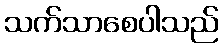
သက်သာစေပါသည်